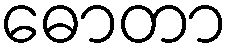
ဓောတာ